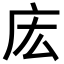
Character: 𫷧